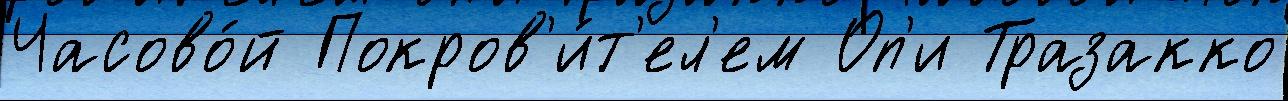
Часово́й Покров'и́т'ел'ем Оп'и Тразакко